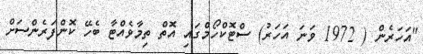
"އަހަރެން ( 1972 ވަނަ އަހަރު) ސްޓޮކްހޯމްގައި އޮތް ތިމާވެއްޓާ ބެހޭ ކޮންފަރެންސަށް